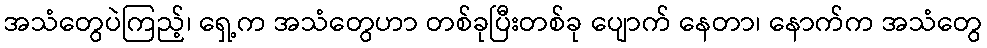
အသံတွေပဲကြည့်၊ ရှေ့က အသံတွေဟာ တစ်ခုပြီးတစ်ခု ပျောက် နေတာ၊ နောက်က အသံတွေ